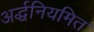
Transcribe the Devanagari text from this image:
अर्द्धनियमित